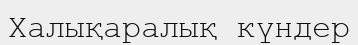
Халықаралық күндер